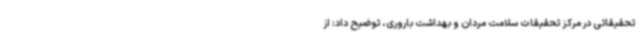
تحقیقاتی در مرکز تحقیقات سلامت مردان و بهداشت باروری، توضیح داد: از